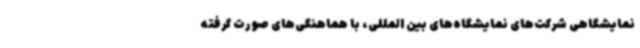
نمایشگاهی شرکت‌های نمایشگاه‌های بین المللی، با هماهنگی‌های صورت گرفته